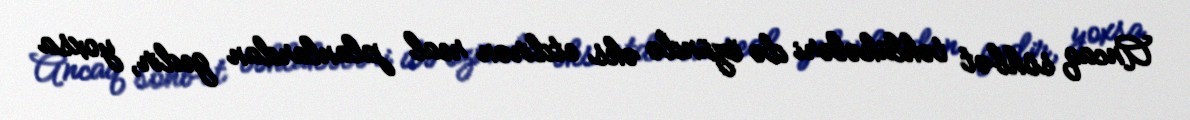
Ancaq söhbət təhlükələri də özündə əks etdirən real planlardan gedir, yoxsa